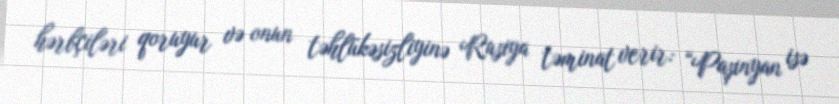
hərbçiləri qoruyur və onun təhlükəsizliyinə Rusiya təminat verir: “Paşinyan isə